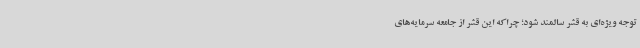
توجه ویژه‌ای به قشر سالمند شود؛ چراکه این قشر از جامعه سرمایه‌های